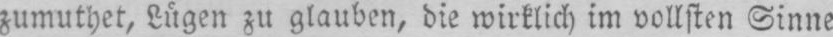
zumuthet, Lügen zu glauben, die wirklich im vollsten Sinne